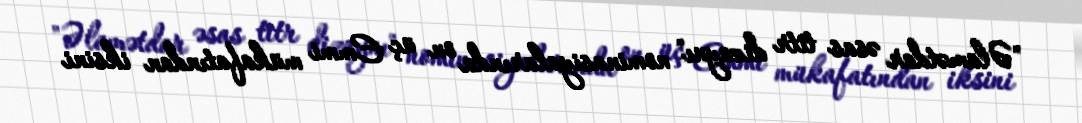
"Əlamətdar əsas titr dizaynı" nominasiyalarında on üç Emmi mükafatından iksini